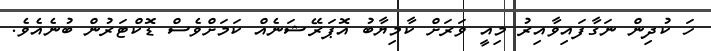
ހަ ކުދިން ނަގާފައިވާއިރު މިއީ ވަރަށް ކާމިޔާބު އޮޕަރޭޝަނެއް ކަމަށްވެސް ޑޮކްޓަރުން ބުނެއެވެ.